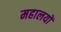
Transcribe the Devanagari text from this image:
महालयों